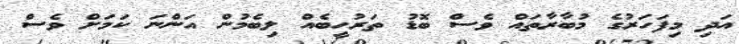
އަދި މިފަހަރުގެ މުބާރާތައް ވެސް ބޮޑު ތަރުހީބެއް ލިބެމުން އަންނަ ކަމަށް ވެސް